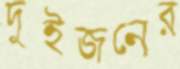
দুইজনের